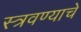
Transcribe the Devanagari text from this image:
स्त्रवण्याचे